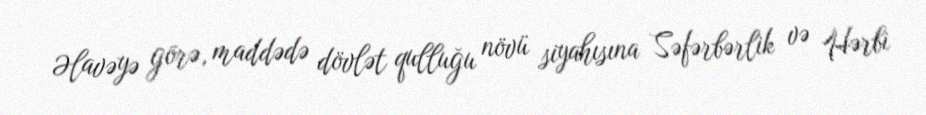
Əlavəyə görə, maddədə dövlət qulluğu növü siyahısına Səfərbərlik və Hərbi